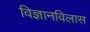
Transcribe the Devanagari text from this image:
विज्ञानविलास